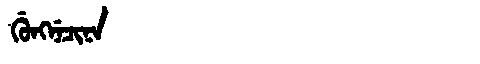
Manchu: ᡤᡠᠩᠨᡝᠴᡳᠨᠠ
Romanization: GUNGNECINA